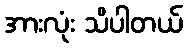
အားလုံး သိပါတယ်